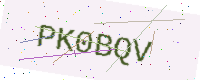
Text: PK0BQV